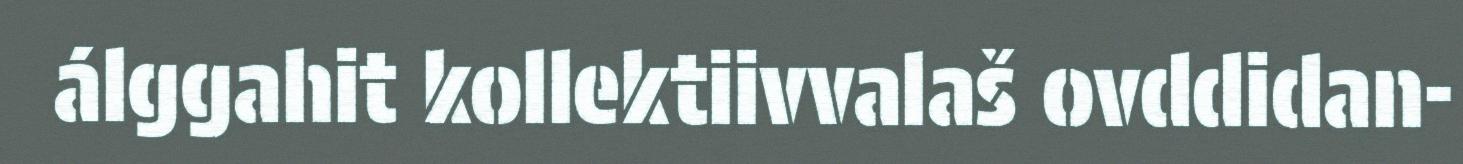
álggahit kollektiivvalaš ovddidan-